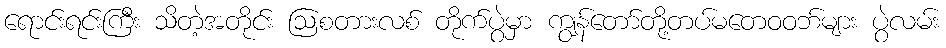
ရောင်းရင်းကြီး သိတဲ့အတိုင်း ဩစတားလစ် တိုက်ပွဲမှာ ကျွန်တော်တို့တပ်မတေဝဝဘ်များ ပွဲလမ်း